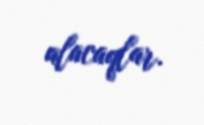
alacaqlar.